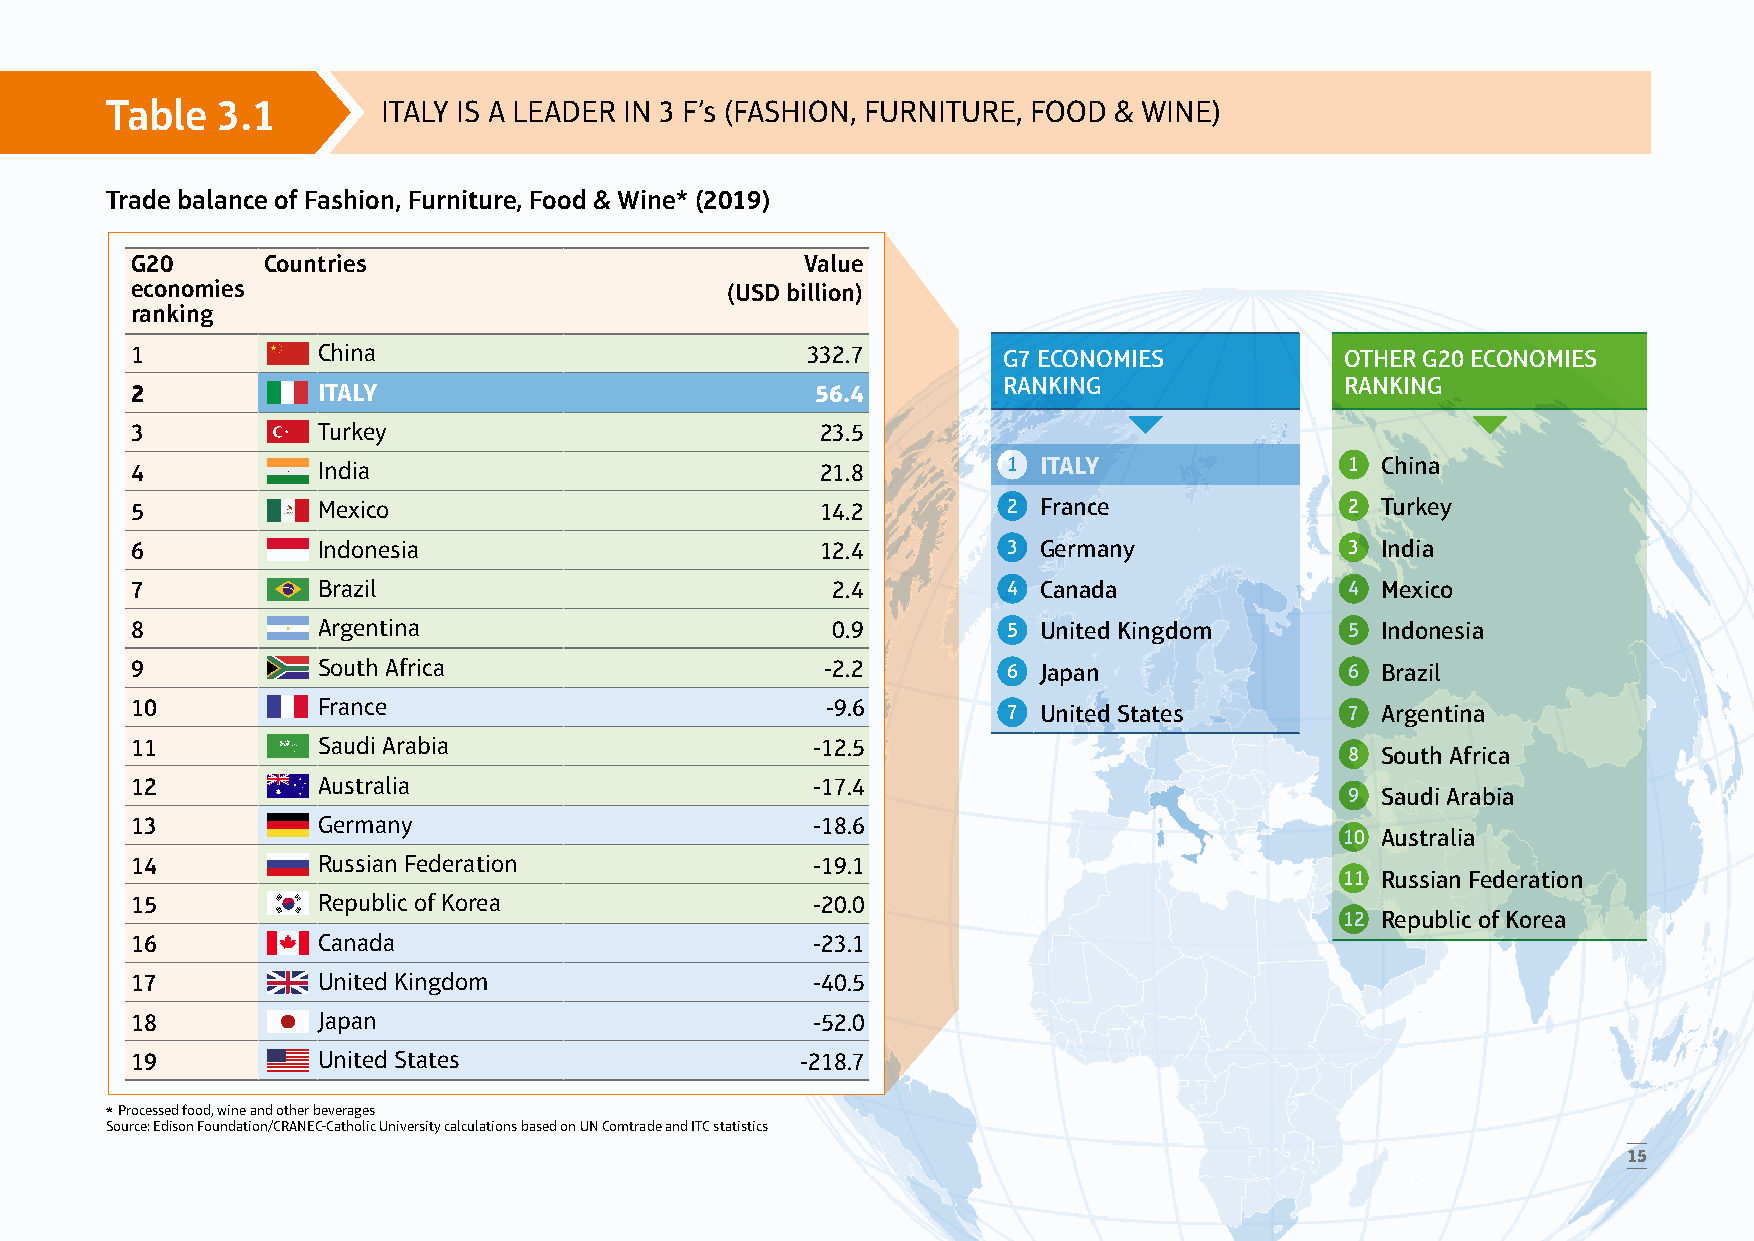
Table  3.1        ITALY IS A LEADER IN 3 F’s (FASHION, FURNITURE, FOOD & WINE)
 Trade balance of Fashion, Furniture, Food & Wine* (2019)
 G20     Countries                           Value
 economies                              (USD billion)
 ranking
 1           China                           332.7        G7 ECONOMIES           OTHER G20 ECONOMIES
 RANKING                RANKING
 2           ITALY                            56.4
 3           Turkey                           23.5
 4           India                            21.8         1 ITALY               1 China
 5           Mexico                           14.2         2 France              2 Turkey
 6           Indonesia                        12.4         3 Germany             3 India
 7           Brazil                            2.4         4 Canada              4 Mexico
 8           Argentina                         0.9         5 United Kingdom      5 Indonesia
 9           South Africa                      -2.2        6 Japan               6 Brazil
 10          France                            -9.6        7 United States       7 Argentina
 11          Saudi Arabia                     -12.5
 8 South Africa
 12          Australia                        -17.4
 9 Saudi Arabia
 13          Germany                          -18.6
 10 Australia
 14          Russian Federation               -19.1
 11 Russian Federation
 15          Republic of Korea                -20.0
 12 Republic of Korea
 16          Canada                           -23.1
 17          United Kingdom                   -40.5
 18          Japan                            -52.0
 19          United States                   -218.7
 * Processed food, wine and other beverages
 Source: Edison Foundation/CRANEC-Catholic University calculations based on UN Comtrade and ITC statistics
 15